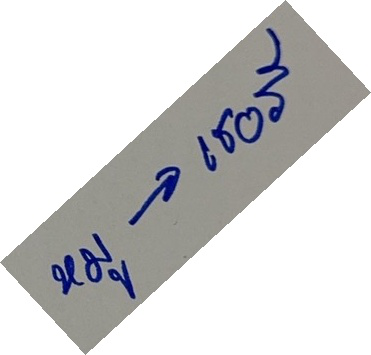
หมู ->  เชอรี่